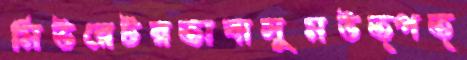
মিউরেটরতাবাসুমউত্পত্